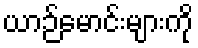
ယာဉ်မောင်းများကို